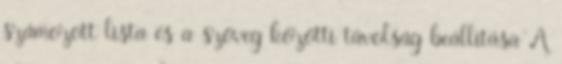
számozott lista és a szöveg közötti távolság beállítása A